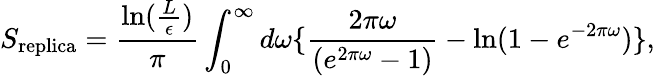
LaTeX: S_{\mathrm{replica}}={\frac{\mathrm{ln}({\frac{L}{\epsilon}})}{\pi}}\int_{0}^{\infty}d\omega\{ {\frac{2\pi\omega}{(e^{2\pi\omega}-1)}}-\mathrm{ln}(1-e^{-2\pi\omega})\} ,